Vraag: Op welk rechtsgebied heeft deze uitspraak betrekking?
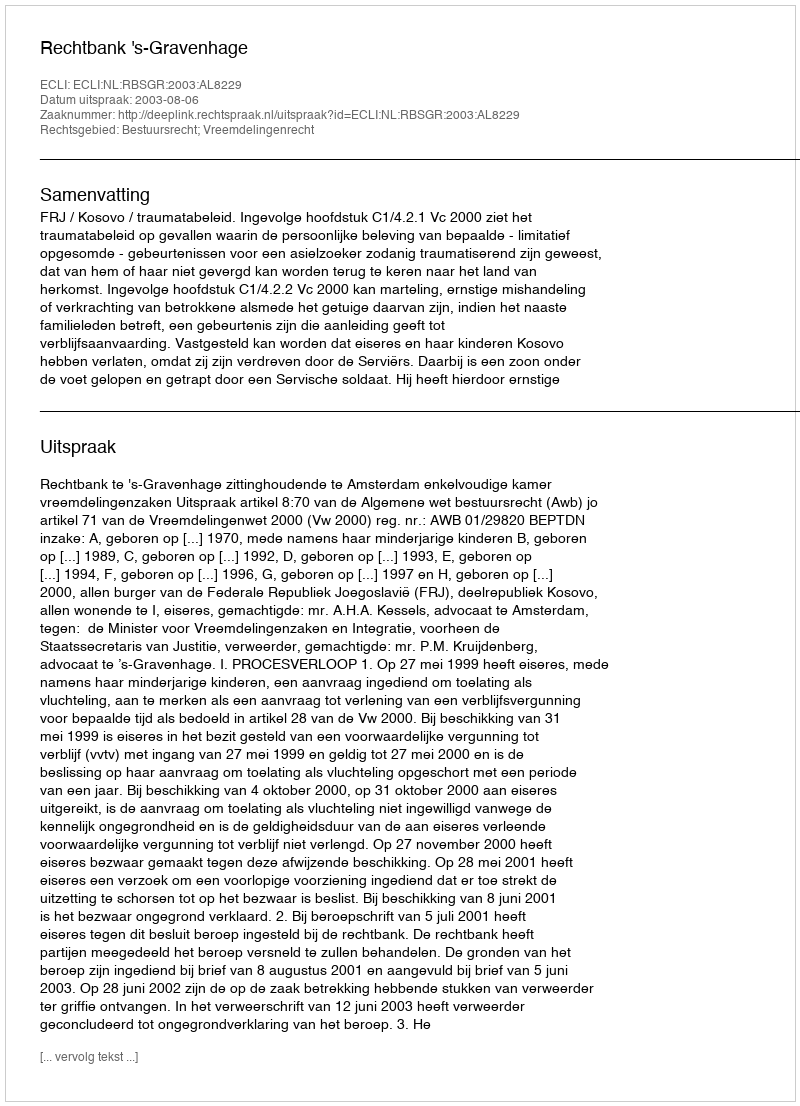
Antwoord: Bestuursrecht; Vreemdelingenrecht